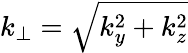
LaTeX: k_{\perp}=\sqrt{k_{y}^{2}+k_{z}^{2}}